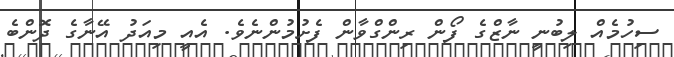
ސިހުމެއް ލިބުނީ ނާޒްގެ ފޯން ރިންގްވާން ފެށުމުންނެވެ. އެއީ މިއަދު އޭނާގެ ދޮންބެ